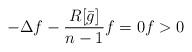
LaTeX: \begin{align*}- \Delta f - \frac {R[\bar g]}{n-1} f = 0 f > 0 \end{align*}